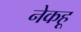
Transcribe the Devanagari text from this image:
नेकहू